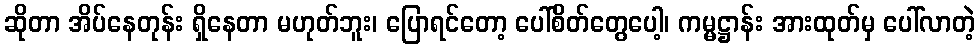
ဆိုတာ အိပ်နေတုန်း ရှိနေတာ မဟုတ်ဘူး၊ ပြောရင်တော့ ပေါ်စိတ်တွေပေါ့၊ ကမ္မဋ္ဌာန်း အားထုတ်မှ ပေါ်လာတဲ့